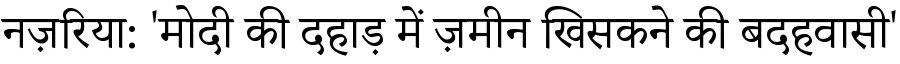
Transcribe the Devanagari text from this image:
नज़रिया: 'मोदी की दहाड़ में ज़मीन खिसकने की बदहवासी'